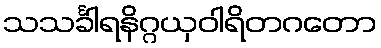
သသင်္ခါရနိဂ္ဂယှဝါရိတဂတော